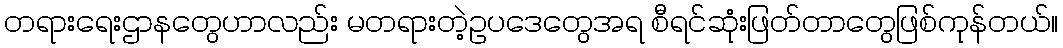
တရားရေးဌာနတွေဟာလည်း မတရားတဲ့ဥပဒေတွေအရ စီရင်ဆုံးဖြတ်တာတွေဖြစ်ကုန်တယ်။